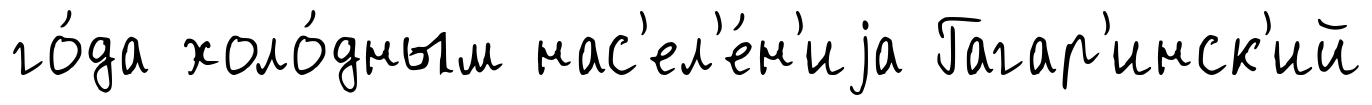
го́да холо́дным нас'ел'е́н'иjа Гагар'инск'ий